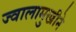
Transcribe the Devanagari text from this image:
ज्वालामुखीने